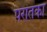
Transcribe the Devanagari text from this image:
परांतका